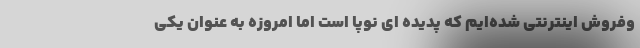
وفروش اینترنتی شده‌ایم که پدیده ای نوپا است اما امروزه به عنوان یکی